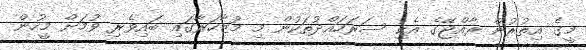
މީގެ އިތުރުން ރާއްޖޭގެ އެކި ސަރަހައްދުތަކުން މި މުޒާހަރާގައި ބައިވެރި ވުމަށް މީހުން